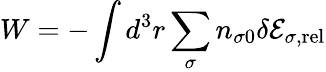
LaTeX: W=-\int d^{3}r\sum_{\sigma}n_{\sigma 0}\delta{\cal E}_{\sigma,\mathrm{rel}}